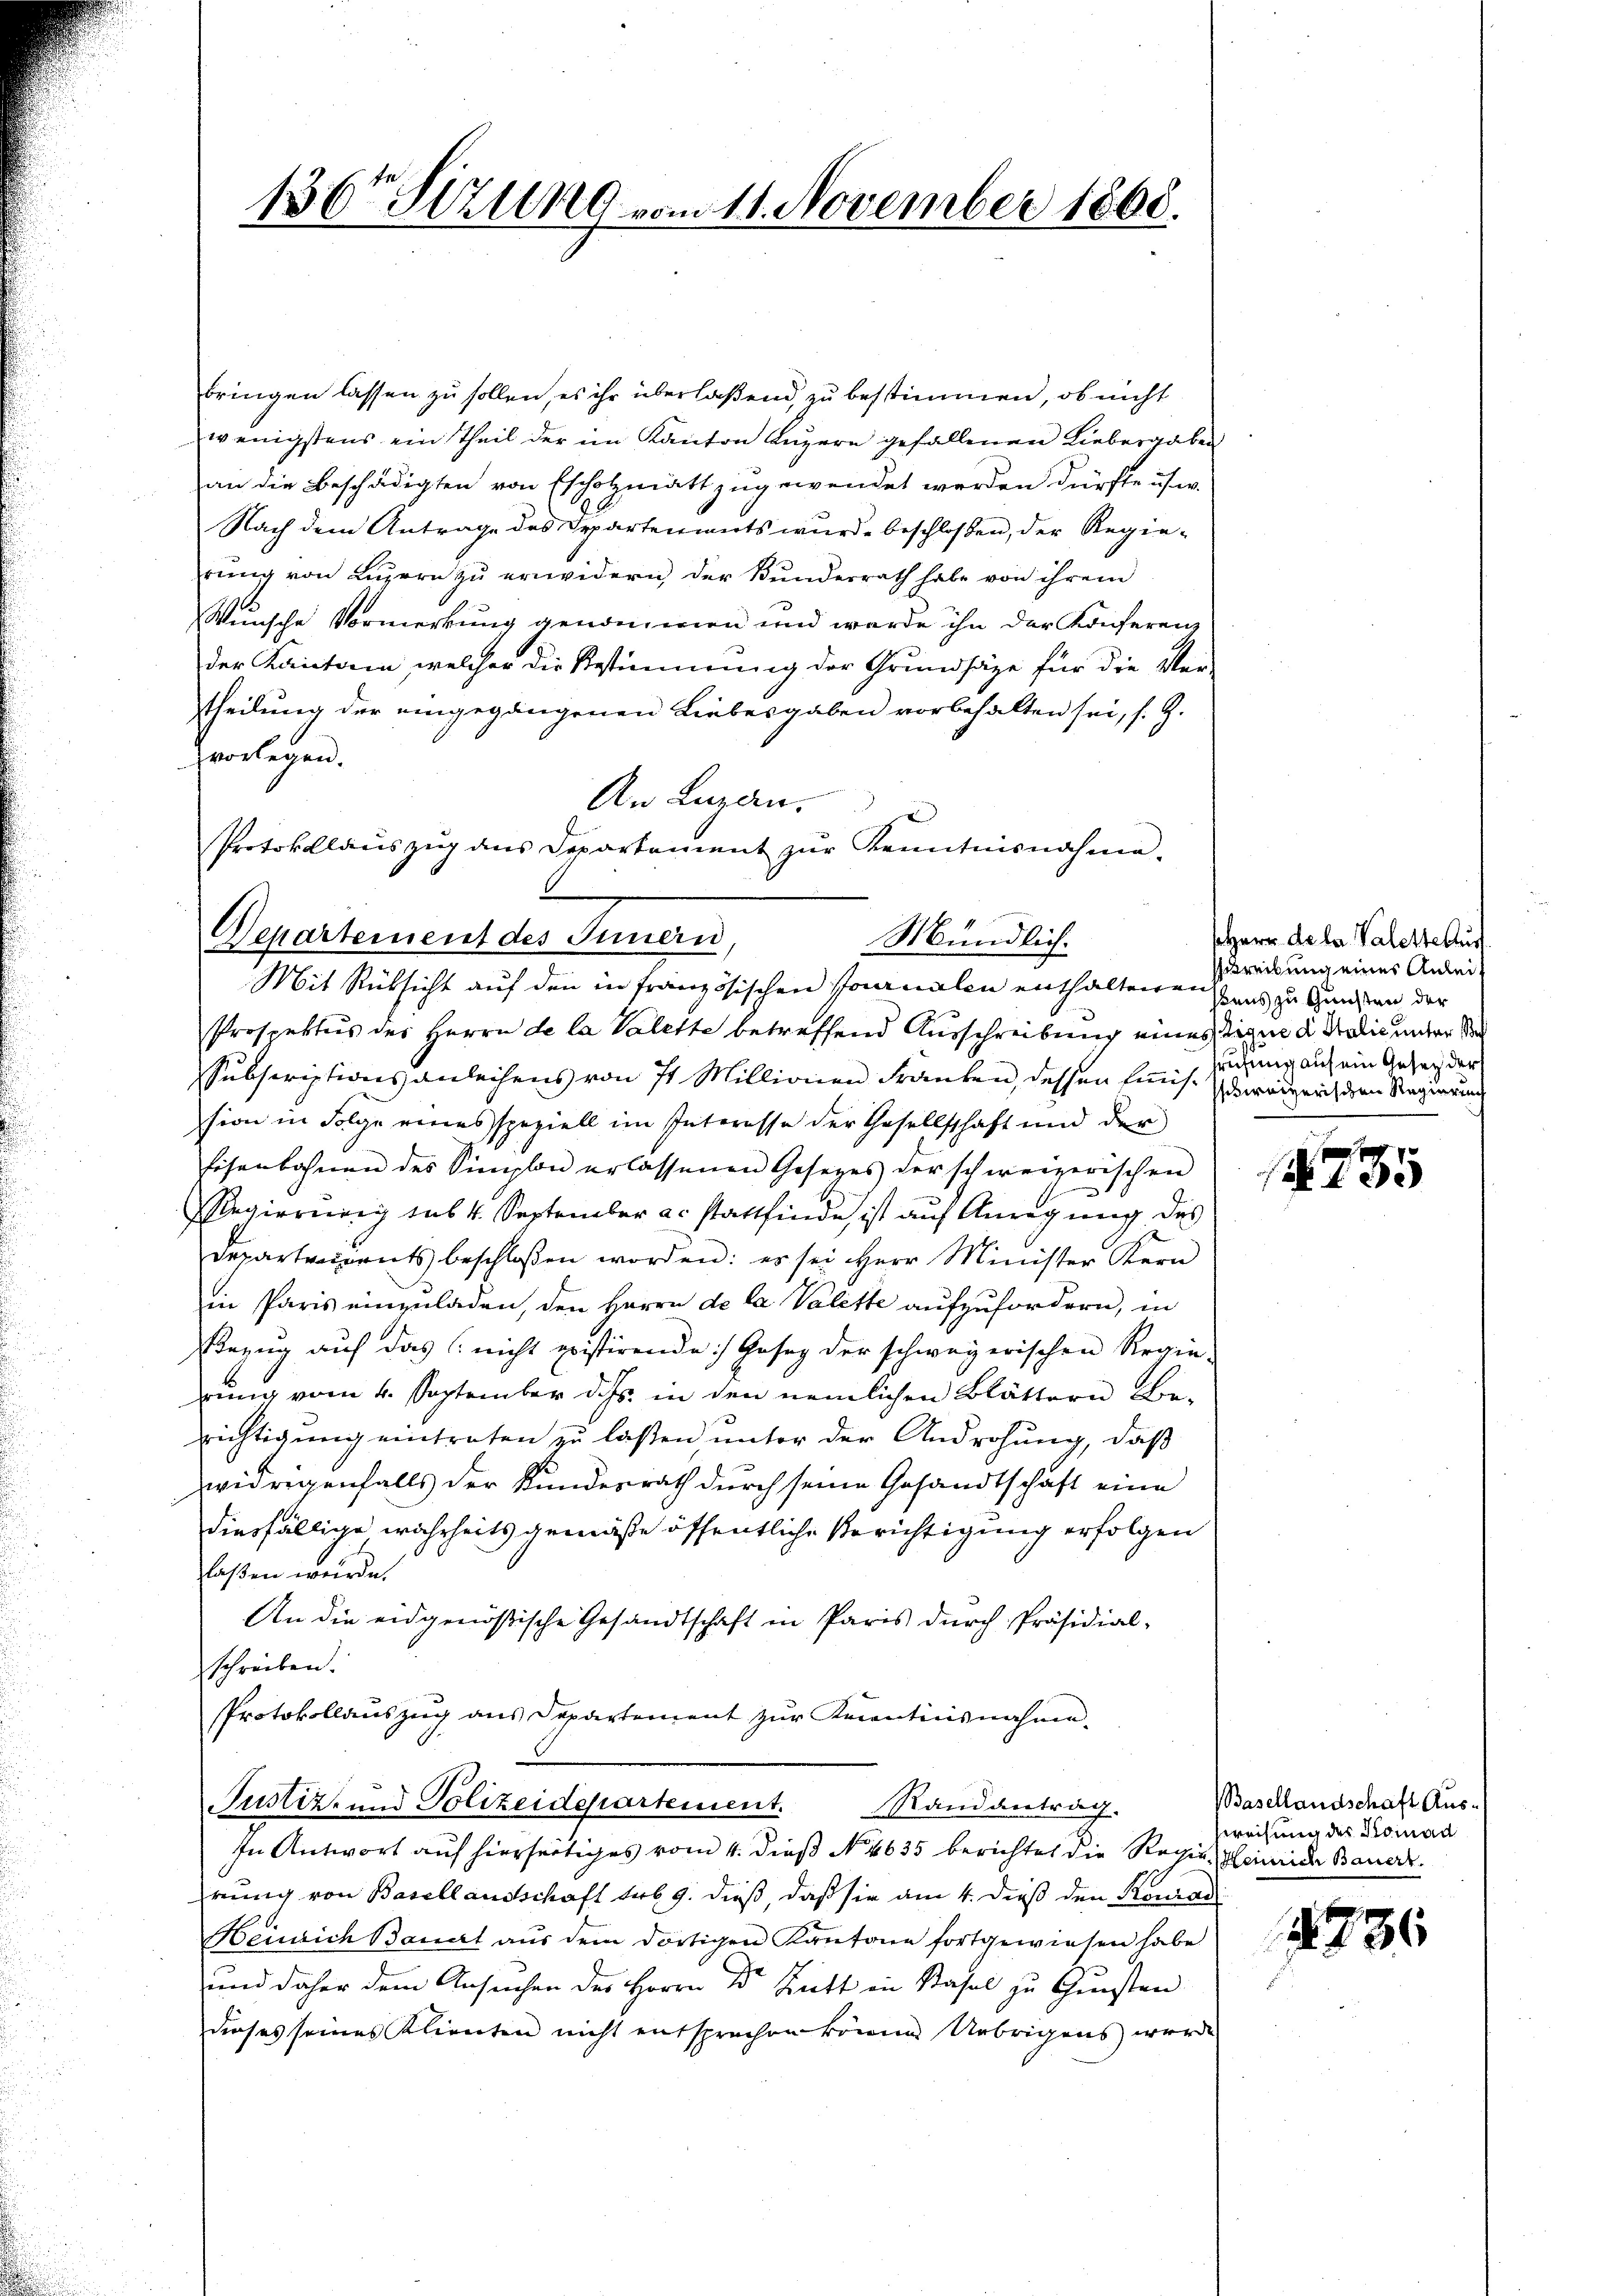
136 Stzung vom 11. November 1868.

bringen lassen zu sollen, es ihr überlaßend, zu bestimmen, ob nicht
wenigstens ein Theil der im Kanton Luzern gefallenen Liebergaben
an die Beschädigten von Escholzmatt zugewendet werden dürfte usw.
Nach dem Antrage des Departenants wurde beschloßen, der Regierŭng von Lŭzern zŭ erwidern der Bunderrath habe von ihrem
Wunsche Vormerkung genommen und werde ihn der Konferenz
der Kantonen, welcher die Bestimmung der Grundsäge für die Weistheilung der eingegangenen Liebesgaben vorbehalten sei, s. Z.
zvorlegen.
An Lugan.
Prospektus des Herrn de la Valette betreffend Ausschreibung eines tigen d. Balić unter der
Subscriptionsanleihens von 71 Millionen Franken, dessen Emis. Zdworzeich den Regierung
sion in Folge eines speziell im Interesse der Gesellschaft und der
Eisenbahnen des Simplon erlassenen Gesezes der schweizerischen
egierung sub 4. September a. stattfinde ist auf Anregung des
Departendents beschloßen worden: es sei Herr Minister Kern
in Paris einzuladen, den Herrn de la Valette aufzufordern, in
Bezug auf das nicht pristirende Gesag der schwägerischen Regie-
rung vom 4. September d. Js. in den nemlichen Blättern Berichtigung eintreten zu laßen unter der Androhung, daß
widrigenfalls der Kundesrath durch seine Gesandtschaft eine
diesfällige wahrheits gemäße öffentliche Berichtigung erfolgen
laßen würde.
An die eidgenößische Gesandtschaft in Paris durch Präsidial-
schreiben.
Protokollauszug aus Departement zur Recenticisnahme.
Justiz- und Polizeidepartement. Randantrag.
In Antwort auf hierseitiges vom 4. dieß No. 4635 berichtet die Regien einige Bauert
rung von Basellausschaft sub 9. dieß, daß sie am 4. dieß den Konrad
Heinrich Banat aus dem dortigen Kantone fortgewiesen habe
und daher dem Ansuchen des Herrn Dr. Ritt in Basel zu Gunsten
dieses seines Klienten nicht entsprechen könne. Übrigens werde

Protokolaŭszŭg ans Departement zŭr Kenntnisnahme.
Departement des Innern,
Mündlich.
Mit Rüksicht auf den in französischen Joanalen enthaltenen uns zu Gunsten der

sherr de la Valette Aus
streibung eines Anleisrufung auf ein Gesetz der

f
 135

Basellandschaft Aus-
weisung des Komad

736